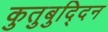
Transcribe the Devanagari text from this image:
कुतुबुद्दिन